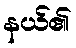
နယ်၏